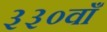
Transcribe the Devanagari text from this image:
३३०वाँ